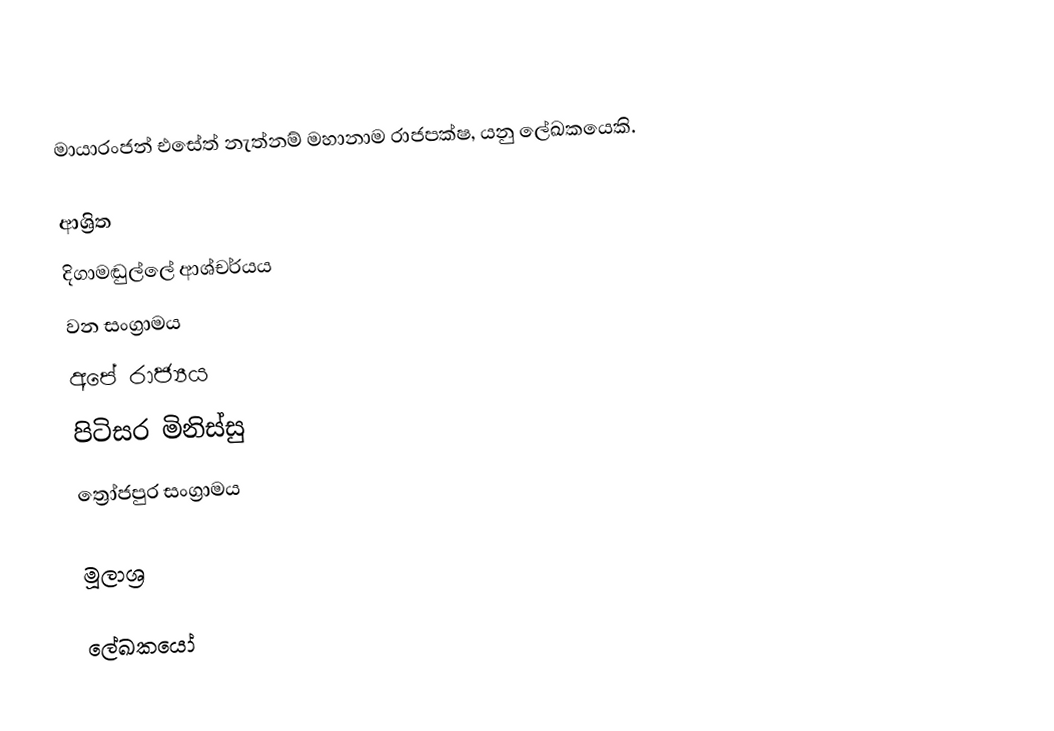
මායාරංජන් එසේත් නැත්නම් මහානාම රාජපක්ෂ, යනු ලේඛකයෙකි.

ආශ්‍රිත
 දිගාමඬුල්ලේ ආශ්චර්යය
 වන සංග්‍රාමය
 අපේ රාජ්‍යය
 පිටිසර මිනිස්සු
 ත්‍රෝජපුර සංග්‍රාමය

මූලාශ්‍ර

ලේඛකයෝ